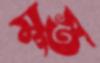
মস্তু